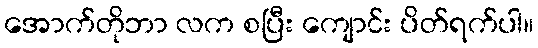
အောက်တိုဘာ လက စပြီး ကျောင်း ပိတ်ရက်ပါ။